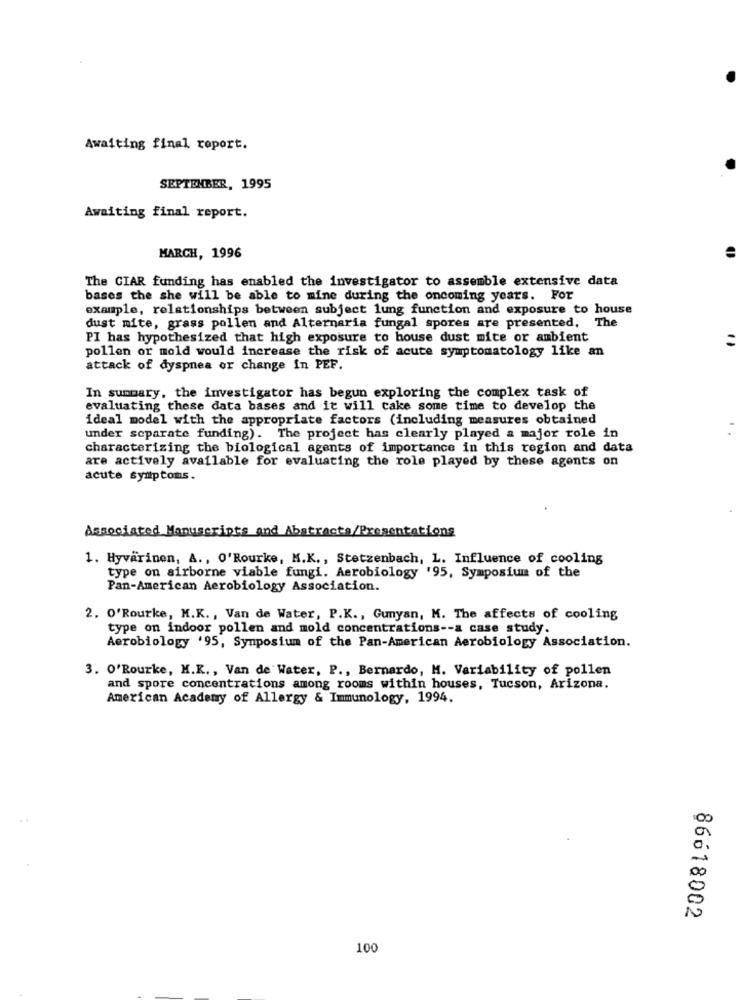
Awaiting final report.
SEPTEMBER, 1995
Awaiting final report.
MARCH, 1996
The CIAR funding has enabled the investigator to assemble extensive data
bases the she will be able to mine during the oncoming years. For
example, relationships between subject lung function and exposure to house
dust mite, grass pollen and Alternaria fungal spores are presented, The
PI has hypothesized that high exposure to house dust mite or ambient
pollen or mold would increase the risk of acute symptomatology like an
attack of dyspnea or change in PEF.
In summary, the investigator has begun exploring the complex task of
evaluating these data bases and it will take some time to develop the
ideal model with the appropriate factors (including measures obtained
under separate funding). The project has clearly played a major role in
characterizing the biological agents of importance in this region and data
are actively available for evaluating the role played by these agents on
acute symptoms.
Associated Manuscripts and Abstracta/Presentations
1. Hyvärinen, A ., O'Rourke, M.K ., Stetzenbach, L. Influence of cooling
type on airborne viable fungi. Aerobiology '95, Symposium of the
Pan-American Aerobiology Association.
2. O'Rourke, M.K ., Van de Water, P.K ., Gunyan, M. The affects of cooling
type on indoor pollen and mold concentrations -- a case study
Aerobiology '95, Symposium of the Pan-American Aerobiology Association.
3. O'Rourke, M.K ., Van de Water, P ., Bernardo, M. Variability of pollen
and spore concentrations among rooms within houses, Tucson, Arizona.
American Academy of Allergy & Immunology, 1994.
86618002
100